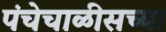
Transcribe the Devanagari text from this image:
पंचेचाळीसच्या